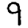
Digit: 9